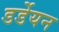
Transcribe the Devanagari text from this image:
डर्डेयन